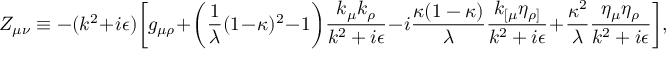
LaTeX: Z _ { \mu \nu } \equiv - ( k ^ { 2 } + i \epsilon ) \biggl [ g _ { \mu \rho } + \biggl ( { \frac { 1 } { \lambda } } ( 1 - \kappa ) ^ { 2 } - 1 \biggr ) { \frac { k _ { \mu } k _ { \rho } } { k ^ { 2 } + i \epsilon } } - i { \frac { \kappa ( 1 - \kappa ) } { \lambda } } { \frac { k _ { [ \mu } \eta _ { \rho ] } } { k ^ { 2 } + i \epsilon } } + { \frac { \kappa ^ { 2 } } { \lambda } } { \frac { \eta _ { \mu } \eta _ { \rho } } { k ^ { 2 } + i \epsilon } } \biggr ] ,